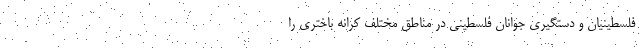
فلسطینیان و دستگیری جوانان فلسطینی در مناطق مختلف کرانه باختری را